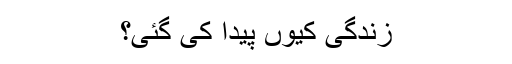
زندگی کیوں پیدا کی گئی؟